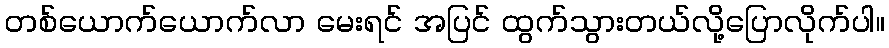
တစ်ယောက်ယောက်လာ မေးရင် အပြင် ထွက်သွားတယ်လို့ပြောလိုက်ပါ။